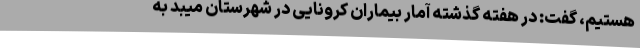
هستیم، گفت: در هفته گذشته آمار بیماران کرونایی در شهرستان میبد به